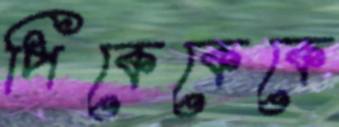
পিকেকেকে